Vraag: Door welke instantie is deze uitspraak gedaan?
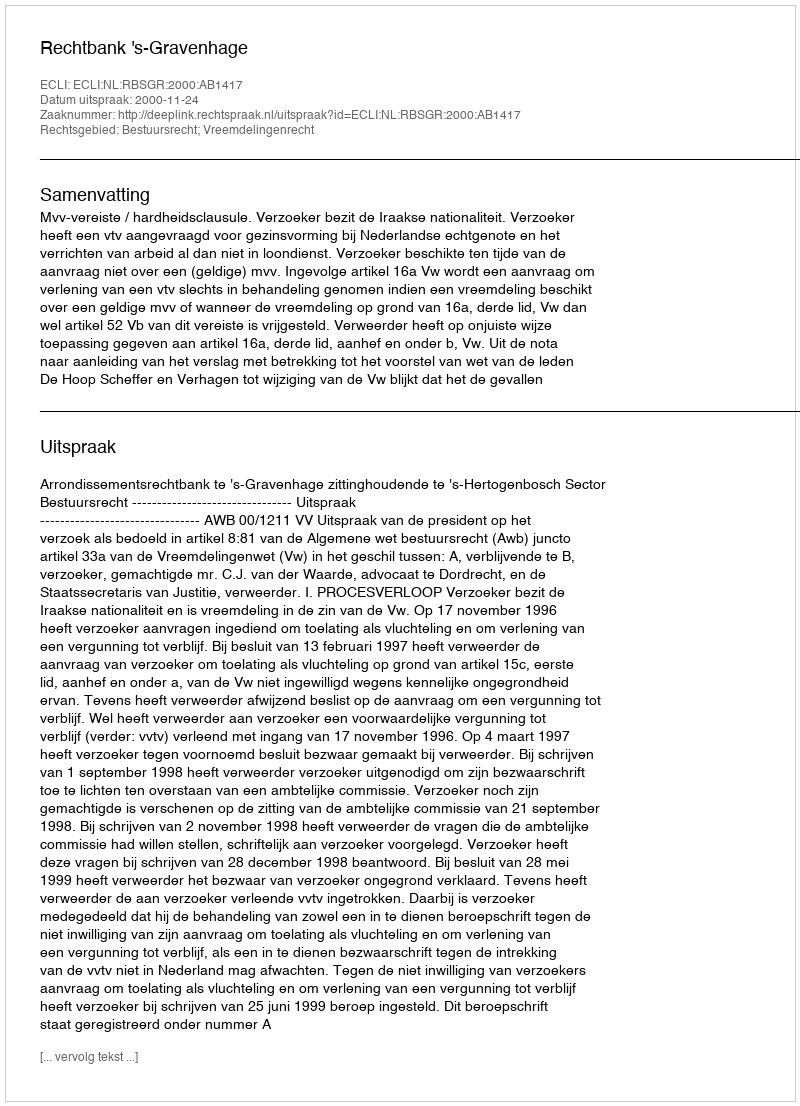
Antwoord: Rechtbank 's-Gravenhage